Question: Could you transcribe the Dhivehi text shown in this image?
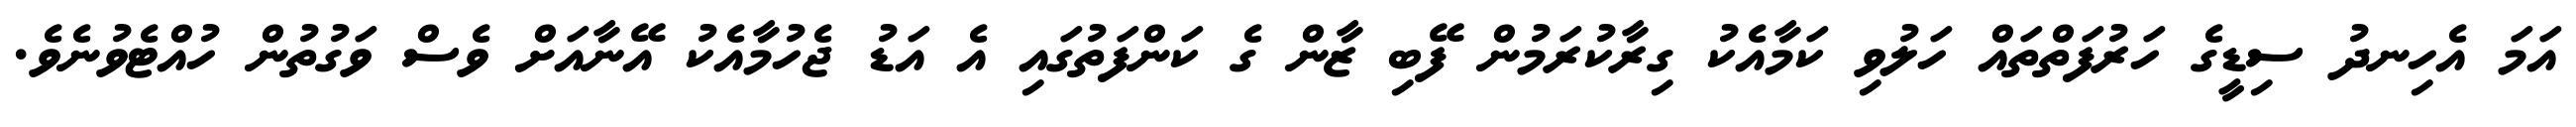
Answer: އަމަ އެހިނދު ސިޑީގެ ހަރުފަތްތައް ހަލުވި ކަމާއެކު ގިރާކުރަމުން ފޭބި ޒާން ގެ ކަންފަތުގައި އެ އަޑު ޖެހުމާއެކު އޭނާއަށް ވެސް ވަގުތުން ހުއްޓެވުނެވެ.